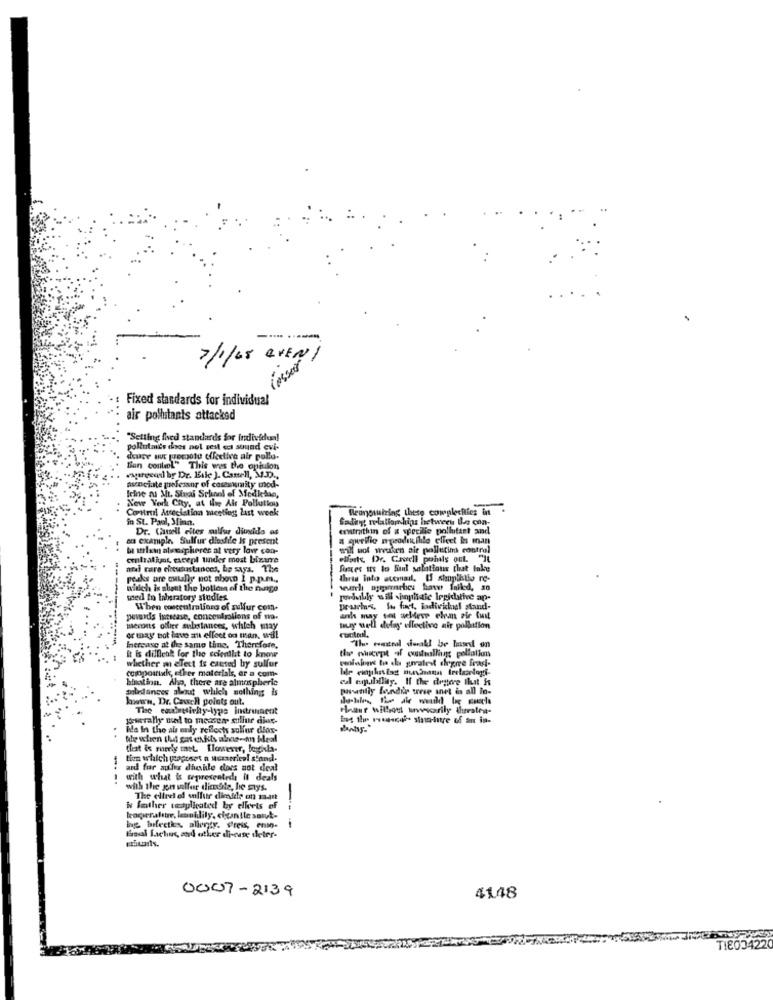
7/1/45 QVEN/
losser
Fixed standards for individual
air pollutants attacked
"Setting fred standards for Individual
pollutmis does not test ca sound evi-
douce aus teroote effective air pollo-
Bien contel" This wes the opinion
exgreendi br Dr. Eile J. Camell, M.D.
frine al Mt. Sinai School of Medketue,
aveciate professor of casesumity mod-
New York City, at ire Air Pollution
Control Association meeting last week
Reunomizing these complechies in
in St. Paul, Minn.
Sading welallamhinz between the con-
Dr. Ciutell rites sulfur dioxide es
eration of a specille pollutant and
su example, Sulfur dlosfile Is present
a quelle mgeodikihle clicet Ins man
-.
b ttrlam atmospherec at very low con-
will not wwuken pie pollutim control
contratins, except under most bizarre
elforts. Dr. Cavell pohils out "It
aral rare elitudastances, he says. The
Succes us to Sud solations that take
peaks are outally not show I p.p.m .,
thras into atemail, Il shopthtie re-
afich is about the bottom of the nuigo
------
med in laboratory studies.
When concentrations of sulfur com.
pevaids iumsease, concentrations of na-
mecosts offire substances, which may
muy uell delay effective air pollution
or may not have an effect on man, will
it is dillletk for the scienthit to know
Inercase at the same Line, Therefore,
----------- -
whether m elect is caused by sulfur
pelaions to dla gralest degree frasi-
compoariske, ether materials, or a com-
bination. Aho, there are almospheric
teledances about which nothing is
phvsanlly Bandile urve inet in all in-
howwww. Dr. Cauch points out.
Haar without wwwwarily theratea-
Brutally und to meascar gillur dic-
ing the nosci- sina-inre of an in-
Wa In the air nuly reflects sulfur dias-
..
that is merely met. However, losginla-
tien which (ageset n Mozericol stand-
ard for aules dheskle does not deal
---.
with what is represented it deals
with the gn ulfur diedie, he stys.
The elive el sulfur diedde on mant
i father taaplicated by ellets of
hg ffectks. allenty. preis, enso-
-- -
Goal Laachus, and other di-case deter-
0007-2139
4148
TI8034220